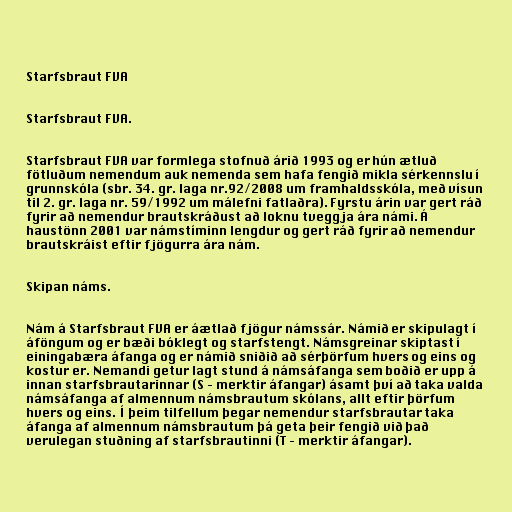
Starfsbraut FVA

Starfsbraut FVA.

Starfsbraut FVA var formlega stofnuð árið 1993 og er hún ætluð
fötluðum nemendum auk nemenda sem hafa fengið mikla sérkennslu í
grunnskóla (sbr. 34. gr. laga nr.92/2008 um framhaldsskóla, með vísun
til 2. gr. laga nr. 59/1992 um málefni fatlaðra). Fyrstu árin var gert ráð
fyrir að nemendur brautskráðust að loknu tveggja ára námi. Á
haustönn 2001 var námstíminn lengdur og gert ráð fyrir að nemendur
brautskráist eftir fjögurra ára nám.

Skipan náms.

Nám á Starfsbraut FVA er áætlað fjögur námssár. Námið er skipulagt í
áföngum og er bæði bóklegt og starfstengt. Námsgreinar skiptast í
einingabæra áfanga og er námið sniðið að sérþörfum hvers og eins og
kostur er. Nemandi getur lagt stund á námsáfanga sem boðið er upp á
innan starfsbrautarinnar (S – merktir áfangar) ásamt því að taka valda
námsáfanga af almennum námsbrautum skólans, allt eftir þörfum
hvers og eins. Í þeim tilfellum þegar nemendur starfsbrautar taka
áfanga af almennum námsbrautum þá geta þeir fengið við það
verulegan stuðning af starfsbrautinni (T – merktir áfangar).